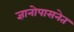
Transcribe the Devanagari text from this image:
ज्ञानोपासनेत